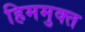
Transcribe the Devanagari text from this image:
हिममुक्त